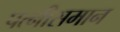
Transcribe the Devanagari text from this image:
पत्नीसमान